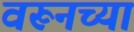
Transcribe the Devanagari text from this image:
वरूनच्या